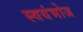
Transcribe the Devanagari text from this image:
स्वयंभोज